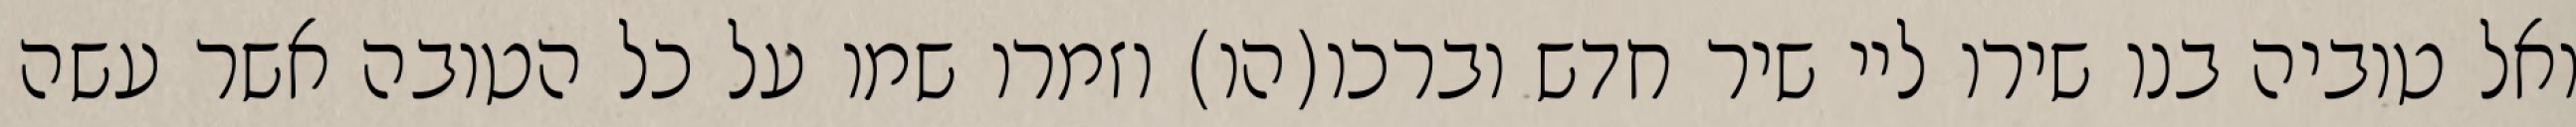
ואל טוביה בנו שירו ליי שיר חדש וברכו(הו) וזמרו שמו על כל הטובה אשר עשה